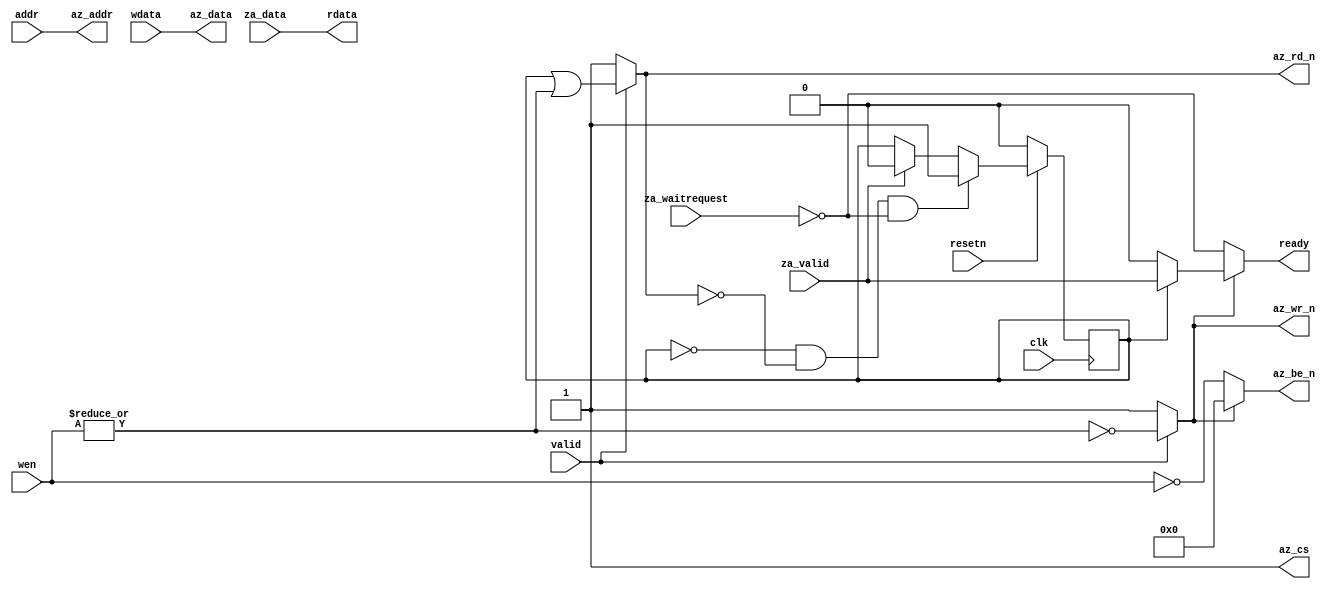

module picosoc_sdram (
    //  cpu port
	input clk,
	input resetn,
	input  valid,
	input  [3:0]  wen,
	input  [23:0]  addr,
	input  [31:0] wdata,
	output [31:0] rdata,
	output ready,
	// avalone port
	output   [ 23: 0] az_addr,
	output   [  3: 0] az_be_n,
	output            az_cs,
	output   [ 31: 0] az_data,
	output            az_rd_n,
	output            az_wr_n,
	
	input  [ 31: 0] za_data,
	input           za_valid,
	input           za_waitrequest
                         )
;
	reg read_stat = 0;
	assign az_wr_n = valid ? ~(|wen) : 1; 
	assign az_rd_n = valid ? (read_stat || (|wen)) : 1;
	assign az_addr = addr;
	assign az_be_n = az_wr_n? (4'b0000) : ~wen[3:0];
	assign az_data = wdata[ 31: 0];
	assign rdata   = za_data;
	assign az_cs   = 1;
	assign ready = 	(!az_wr_n) ? ~za_waitrequest :
					(read_stat) ? za_valid		: 
					0;
	
always @(posedge clk )begin
	if(!resetn)	
		read_stat <= 0;
	else begin
		if(!read_stat && (!az_rd_n) && (za_waitrequest == 0))
			read_stat =1;
		else if (za_valid == 1)
			read_stat =0;
			
		end
	end
endmodule